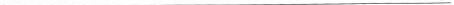
___